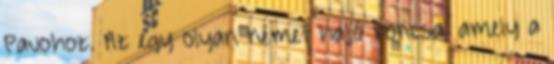
Pauohoz. Az egy olyan német hajó roncsa, amely a